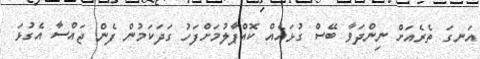
އަނގަ ތެރެއަށް ނިންދަވާ ބޭސް ގުޅައެއް ކޮއްޕާލުމަށްފަހު ގަދަކަމުން ފެން ޖައްސާ އެގުޅަ